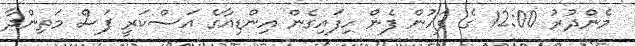
މެންދުރު 12:00 ގެ ފަހުން ފެން ހިފައިގެން އިންޑިއާގެ އަސްކަރީ ފަސް މަތިންދާ